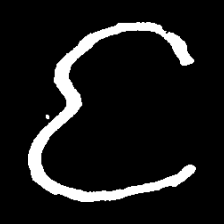
Pyu character \u2014 Myanmar letter: င (romanized: nga)